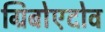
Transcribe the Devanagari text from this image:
ग्रिबोएदोव